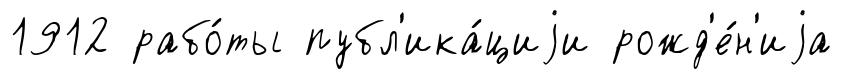
1912 рабо́ты публ'ика́циjи рожд'е́н'иjа